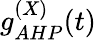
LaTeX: g_{AHP}^{(X)}(t)